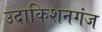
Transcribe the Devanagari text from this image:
उदाकिशनगंज